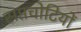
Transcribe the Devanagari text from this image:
सप्तचोटियों